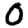
Digit: 0